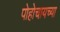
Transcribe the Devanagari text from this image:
पोहोचायच्या